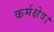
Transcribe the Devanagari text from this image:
कर्मक्षेत्र।